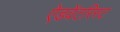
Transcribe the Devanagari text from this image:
ऐडवेंटरिस्ट